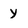
Character: y